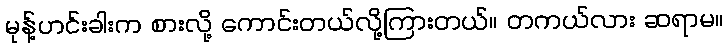
မုန့်ဟင်းခါးက စားလို့ ကောင်းတယ်လို့ကြားတယ်။ တကယ်လား ဆရာမ။